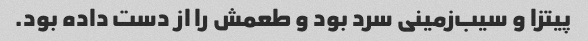
پیتزا و سیب‌زمینی سرد بود و طعمش را از دست داده بود.